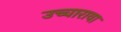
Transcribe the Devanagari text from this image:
उच्चारावा